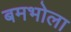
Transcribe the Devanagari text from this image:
बमभोला